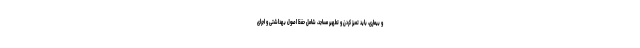
و بیماری، باید تمیز کردن و تطهیر مساجد، شامل حفظ اصول بهداشتی و اجرای